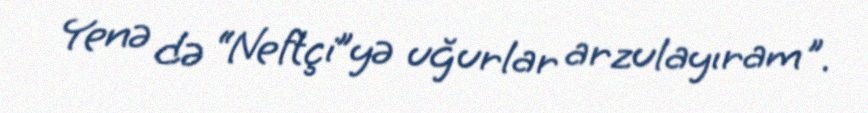
Yenə də “Neftçi”yə uğurlar arzulayıram".